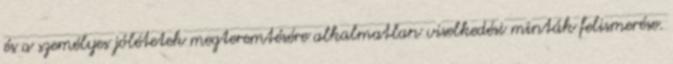
és a személyes jólétetek megteremtésére alkalmatlan viselkedési minták felismerése.